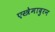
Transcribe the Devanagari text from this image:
एस्त्रेमादुरन